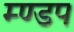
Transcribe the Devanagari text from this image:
म्ण्डप